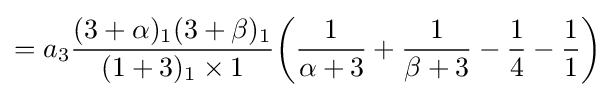
=a_{3}{\frac {(3+\alpha )_{1}(3+\beta )_{1}}{(1+3)_{1}\times 1}}{\bigg (}{\frac {1}{\alpha +3}}+{\frac {1}{\beta +3}}-{\frac {1}{4}}-{\frac {1}{1}}{\bigg )}